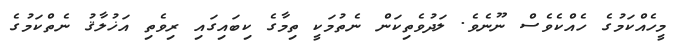
މީހެއްކަމުގެ ހެއްކެވެސް ނޫނެވެ. ލަދުވެތިކަން ނެތުމަކީ ތިމާގެ ކިބައިގައި ރިވެތި އަޚުލާޤު ނެތްކަމުގެ